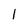
Character: l